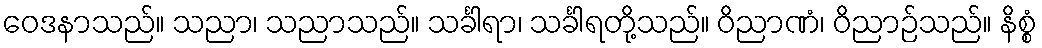
ဝေဒနာသည်။ သညာ၊ သညာသည်။ သင်္ခါရာ၊ သင်္ခါရတို့သည်။ ဝိညာဏံ၊ ဝိညာဉ်သည်။ နိစ္စံ